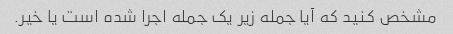
مشخص کنید که آیا جمله زیر یک جمله اجرا شده است یا خیر.